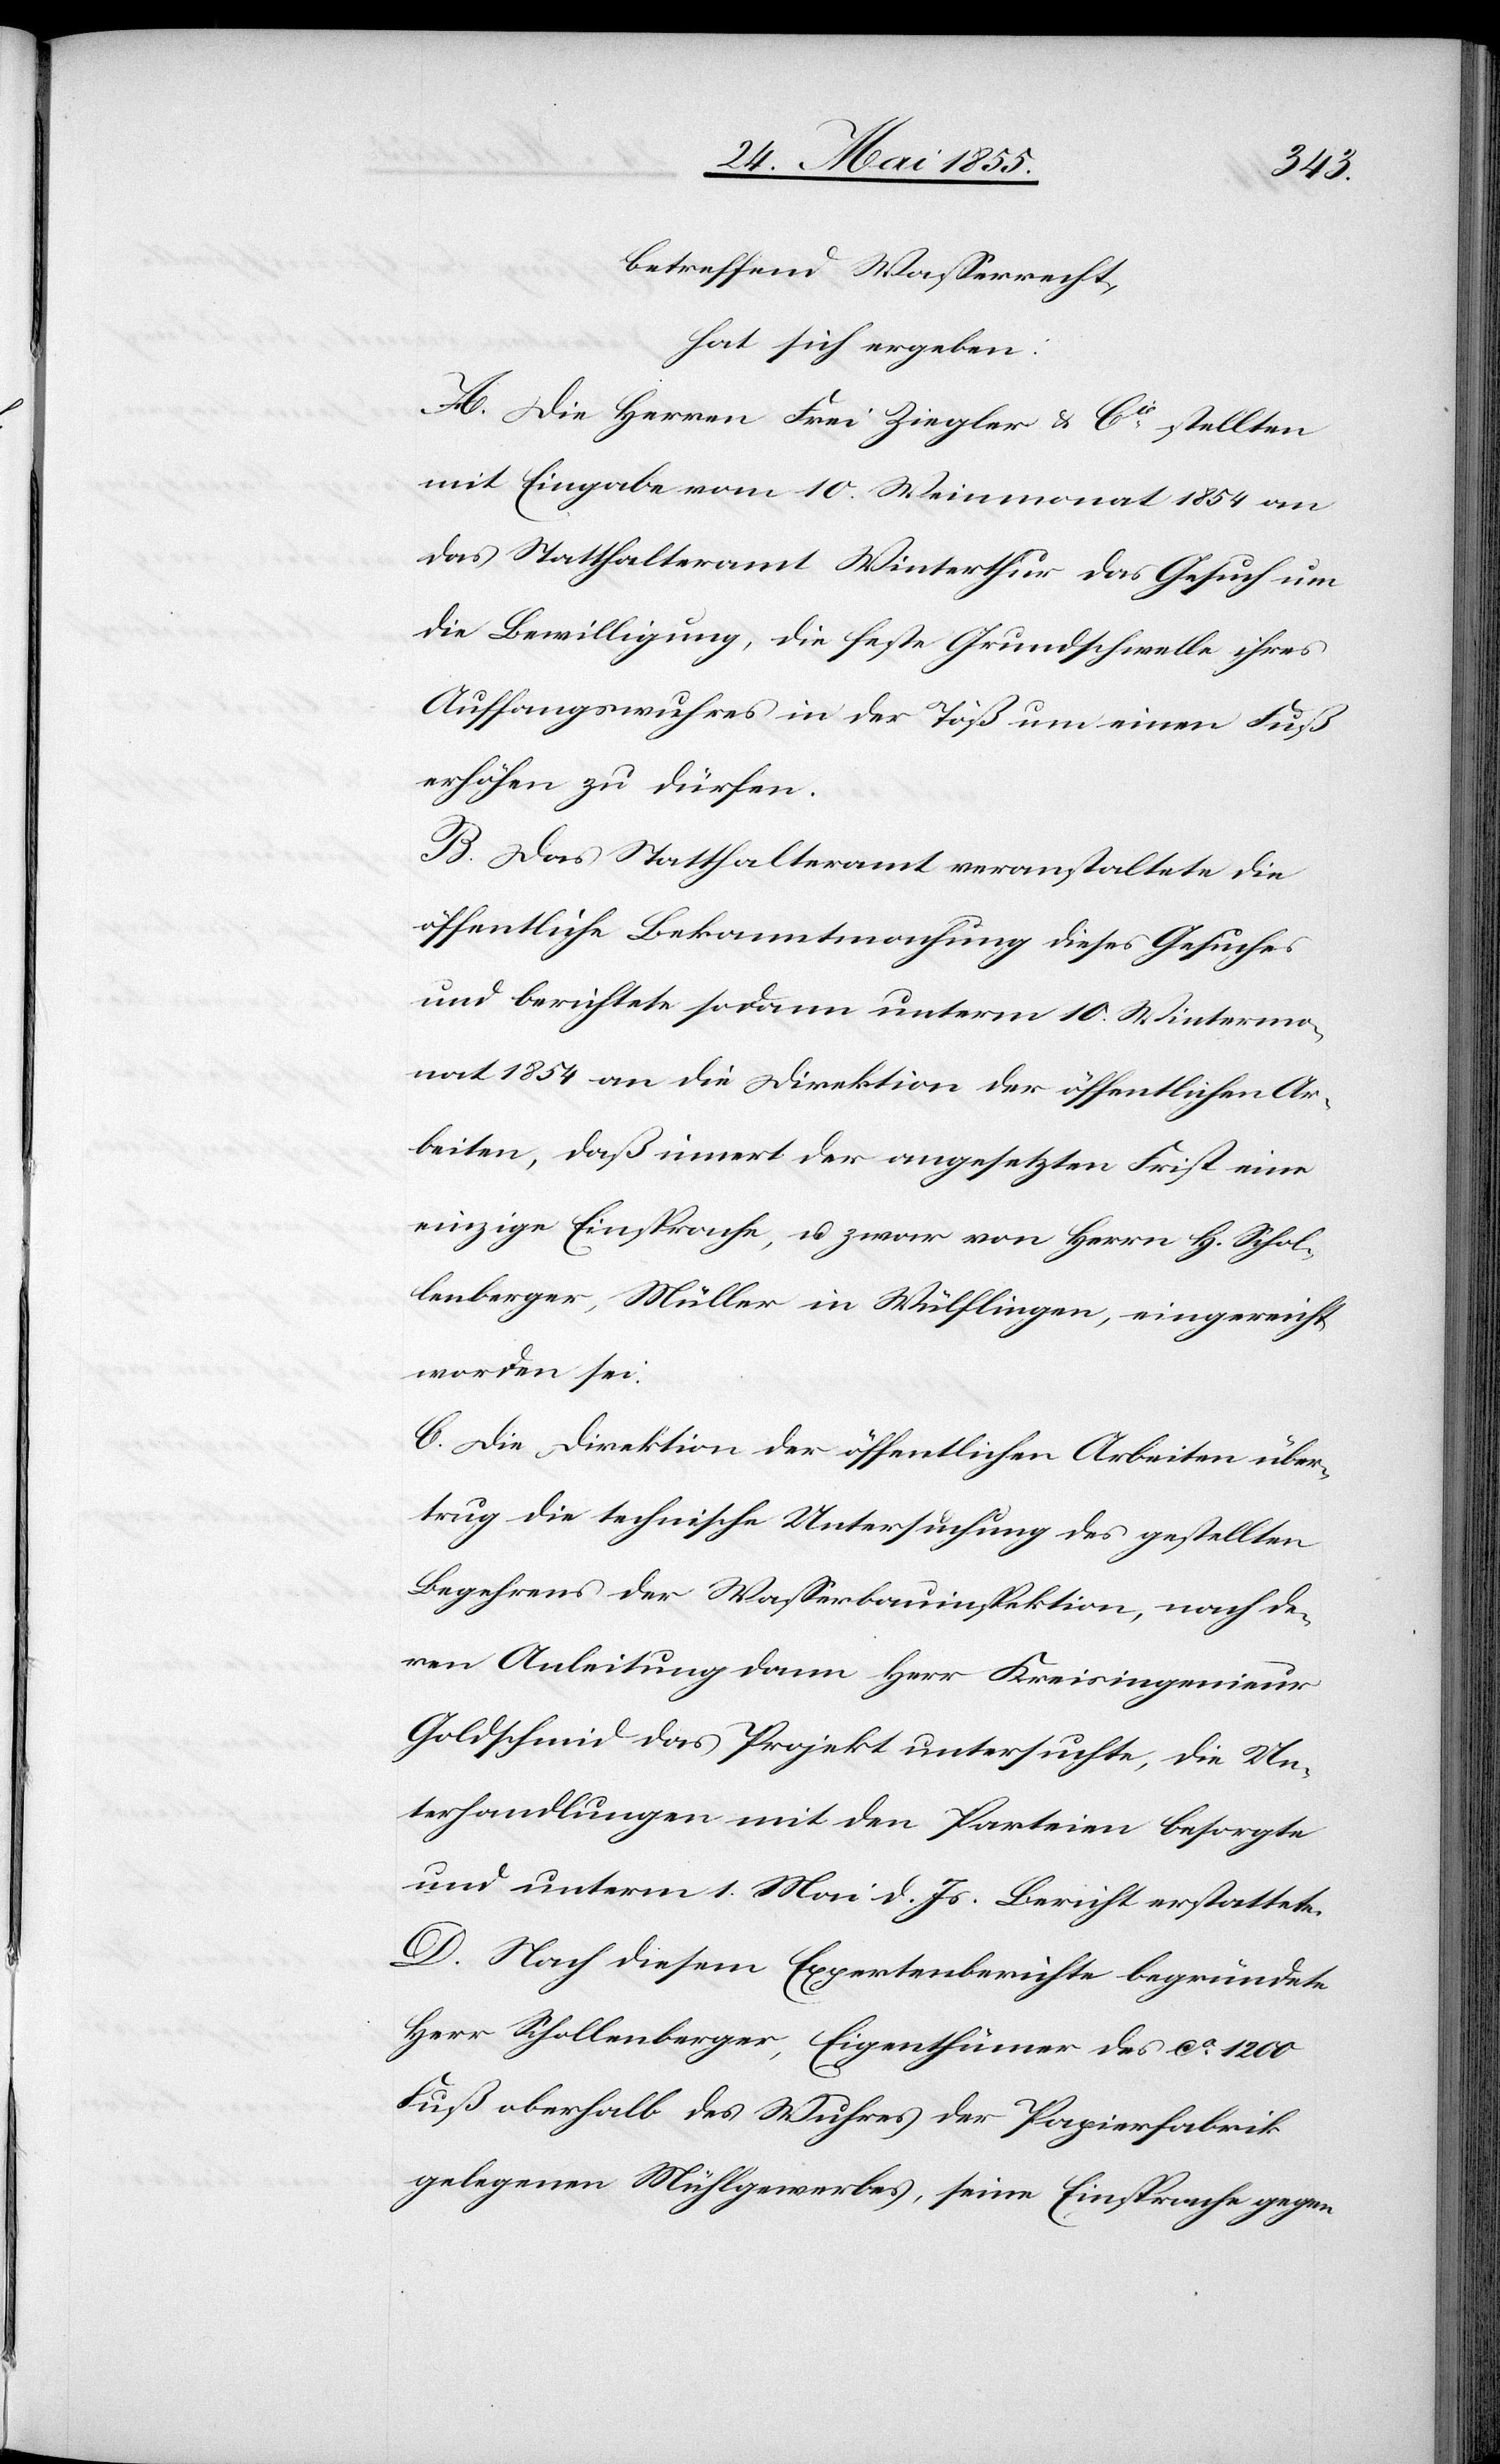
betreffend Wasserrecht,
hat sich ergeben:
A. Die Herren Frei Ziegler & Cie stellten
mit Eingabe vom 10. Weinmonat 1854 an
das Statthalteramt Winterthur das Gesuch um
die Bewilligung, die feste Grundschwelle ihres
Auffangswuhres in der Töß um einen Fuß
erhöhen zu dürfen.
B. Das Statthalteramt veranstaltete die
öffentliche Bekanntmachung dieses Gesuches
und berichtete sodann unterm 10. Wintermo¬
nat 1854 an die Direktion der öffentlichen Ar¬
beiten, daß innert der angesetzten Frist eine
einzige Einsprache, u. zwar von Herrn H. Schol¬
lenberger, Müller in Wülflingen, eingereicht
worden sei.
C. Die Direktion der öffentlichen Arbeiten über¬
trug die technische Untersuchung des gestellten
Begehrens der Wasserbauinspektion, nach de¬
ren Anleitung dann Herr Kreisingenieur
Goldschmid das Projekt untersuchte, die Un¬
terhandlungen mit den Parteien besorgte
und unterm 1. Mai d. Js. Bericht erstattete.
D. Nach diesem Expertenberichte begründete
Herr Schollenberger, Eigenthümer des ca. 1200
Fuß oberhalb des Wuhres der Papierfabrik
gelegenen Mühlgewerbes, seine Einsprache gegen